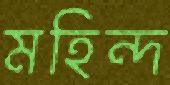
মহিন্দ